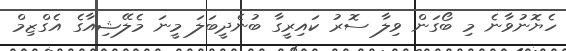
ހެޔޮނުވާނެ މި ބޯގަން ވިލާ ސޮރު ކައިރީގާ ބުނެދީބަލަ މީނަ މެލޭޝިއާގެ އެގްޒިމް